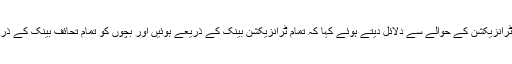
اس موقع پر وزیراعظم نواز شریف کے وکیل مخدوم علی خان نے بینک ٹرانزیکشن کے حوالے سے دلائل دیتے ہوئے کہا کہ تمام ٹرانزیکشن بینک کے ذریعے ہوئیں اور بچوں کو تمام تحائف بینک کے ذریعے دیئے گئے جبکہ ٹیکس بینک کے علاوہ ادائیگیوں پر لاگو ہوتا ہے۔